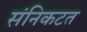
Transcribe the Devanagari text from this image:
संनिकटत